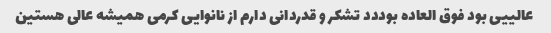
عالییی بود فوق العاده بوددد تشکر و قدردانی دارم از نانوایی کرمی همیشه عالی هستین